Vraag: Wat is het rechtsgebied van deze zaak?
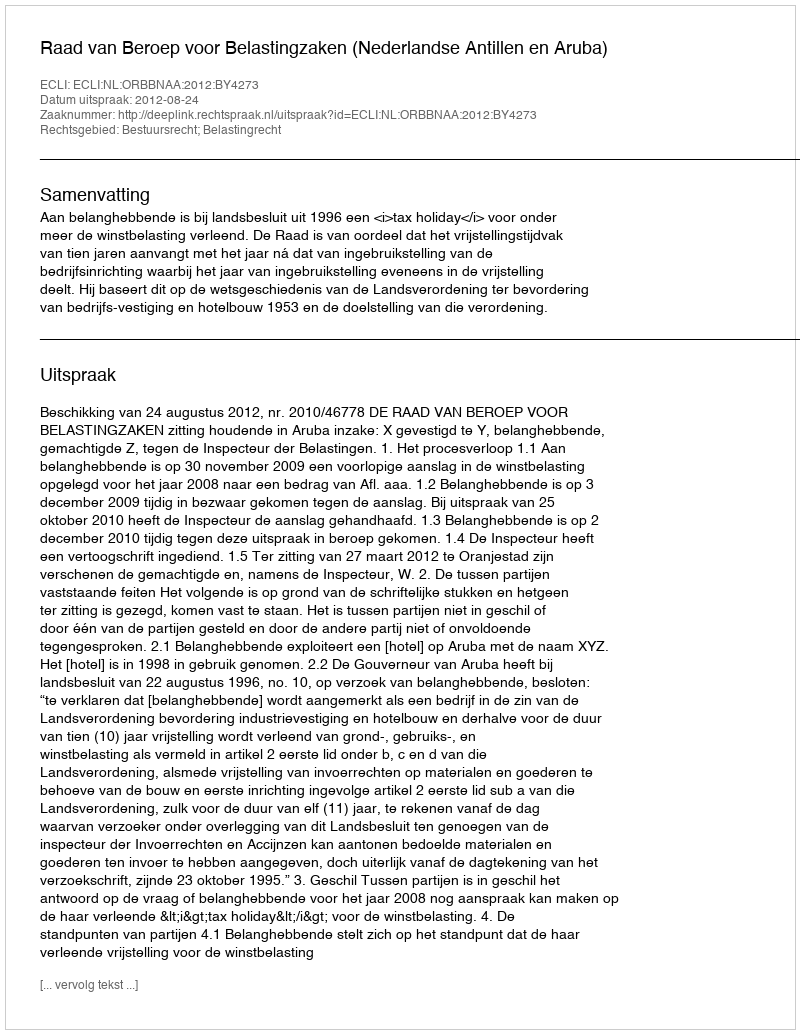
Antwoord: Bestuursrecht; Belastingrecht